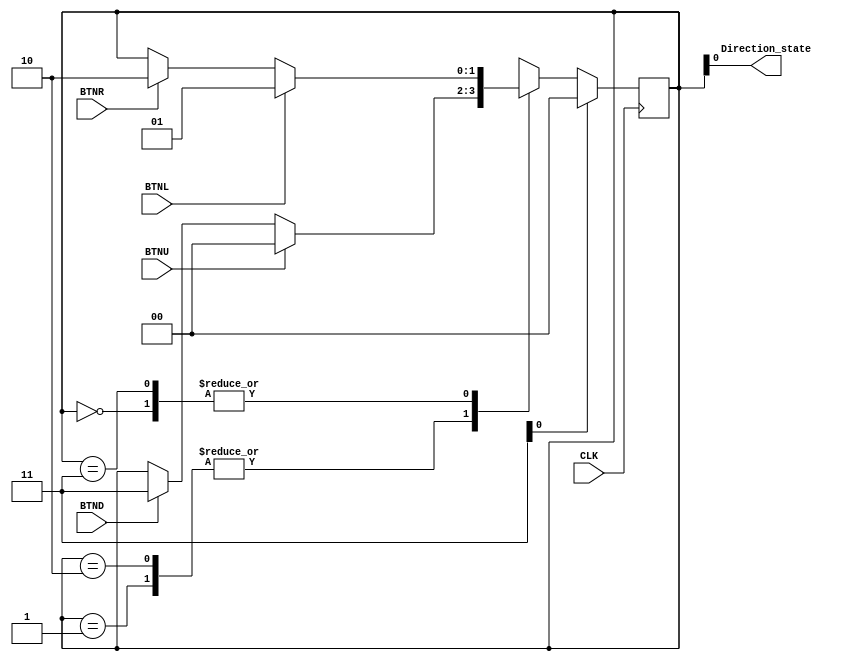
module Navigation_State_Machine(
input CLK,
input BTNU,
input BTNL,
input BTNR,
input BTND,
output Direction_state

    );
    
    reg [1:0] Curr_State;
    reg [1:0] Next_State;
    
    always@(posedge CLK)begin
          if(RESET)begin
             Curr_State <= 4'h0;
          end
                                                    
          else begin
             Curr_State <= Next_State;  
          end
      end
      
    always@(Curr_State or BTNL or BTNU or BTNR or BTND )begin
          case (Curr_State)
          2'b00    :   begin//up
               if (BTNL) begin
                   Next_State <= 2'b01;
               end  
               else if (BTNR) begin
                   Next_State <= 2'b10;
               end  
               else begin
                   Next_State <= Curr_State;
               end      
          end
                                         
                 
                                         
          2'b01    :   begin//left
               if (BTNU) begin
                   Next_State <= 2'b00;
               end
               else if (BTND) begin
                   Next_State <= 2'b11;
               end
               else begin
                   Next_State <= Curr_State;
               end
           end
                 
                 
          2'b10    :   begin//right
               if (BTNU) begin
                   Next_State <= 2'b00;
               end
               else if (BTND) begin
                   Next_State <= 2'b11;
               end
               else begin
                   Next_State <= Curr_State;
               end
          end     
          
          2'b11    :   begin//down
              if (BTNL) begin
                  Next_State <= 2'b01;
              end  
              else if (BTNR) begin
                  Next_State <= 2'b10;
              end  
              else begin
                  Next_State <= Curr_State;
              end      
          end     
       endcase
    end    
            
     assign Direction_state = Curr_State;       
            
endmodule